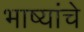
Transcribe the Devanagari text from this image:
भाष्यांचे